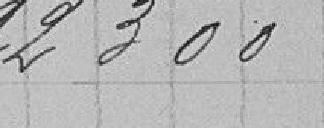
22 300